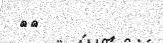
٣٦